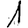
Digit: 1